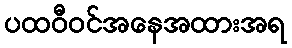
ပထဝီဝင်အနေအထားအရ